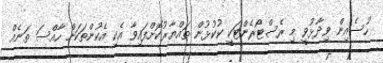
ހުސެއިން ވިދާޅުވީ މި ރެސްޓޯރެންޓަކީ ކުކުޅުން ތައްޔާރުކޮށްފައިވާ އެކި އެކުންތަކަށް ހާއްސަ ތަނެއް